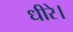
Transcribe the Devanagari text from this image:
धीरे।